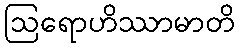
ဩရောဟိဿာမာတိ